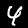
Label: 4